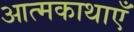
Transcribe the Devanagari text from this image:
आत्मकाथाएँ